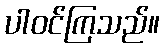
ပါဝင်ကြသည်။